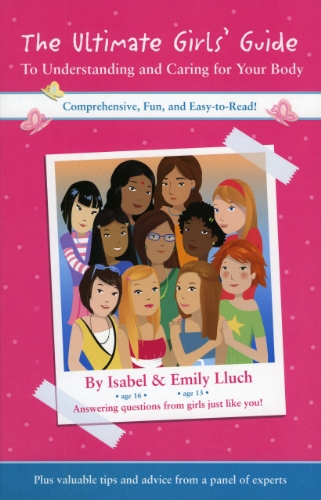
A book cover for The Ultimate Girls' Guide to Understanding and Caring for Your Body; Isabel B. Lluch; Teen & Young Adult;